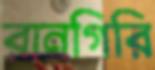
রানগিরি